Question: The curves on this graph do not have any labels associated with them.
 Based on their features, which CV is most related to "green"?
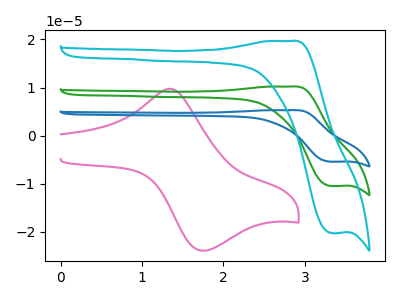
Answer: <think>The pink curve "pink" has an anodic peak at (1.35V, 9.70uA) and a cathodic peak at (1.75V, -23.95uA). The green curve "green" has an anodic peak at (2.80V, 10.20uA) and a cathodic peak at (3.35V, -10.50uA). The blue curve "blue" has an anodic peak at (2.80V, 20.40uA) and a cathodic peak at (3.35V, -21.05uA). The cyan curve "cyan" has an anodic peak at (2.80V, 19.70uA) and a cathodic peak at (3.35V, -20.30uA).
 "pink" and "green" have at least one peak that do not match. "pink" and "blue" have at least one peak that do not match. "pink" and "cyan" have at least one peak that do not match. All the peaks in "green" have a peak in "blue" at the same potential. Every peak in "green" is lower than every peak in "blue". All the peaks in "green" have a peak in "cyan" at the same potential. Every peak in "green" is lower than every peak in "cyan". All the peaks in "blue" have a peak in "cyan" at the same potential. Every peak in "blue" is higher than every peak in "cyan".</think>
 <answer>"green" and "blue" have a similar shape to "cyan".</answer>
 <eval>"green" "blue"</eval>